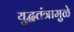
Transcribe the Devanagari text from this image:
युद्धतंत्रामुळे